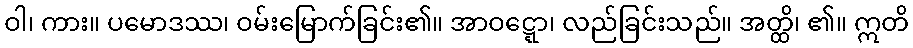
ဝါ၊ ကား။ ပမောဒဿ၊ ဝမ်းမြောက်ခြင်း၏။ အာဝဋ္ဋော၊ လည်ခြင်းသည်။ အတ္ထိ၊ ၏။ ဣတိ